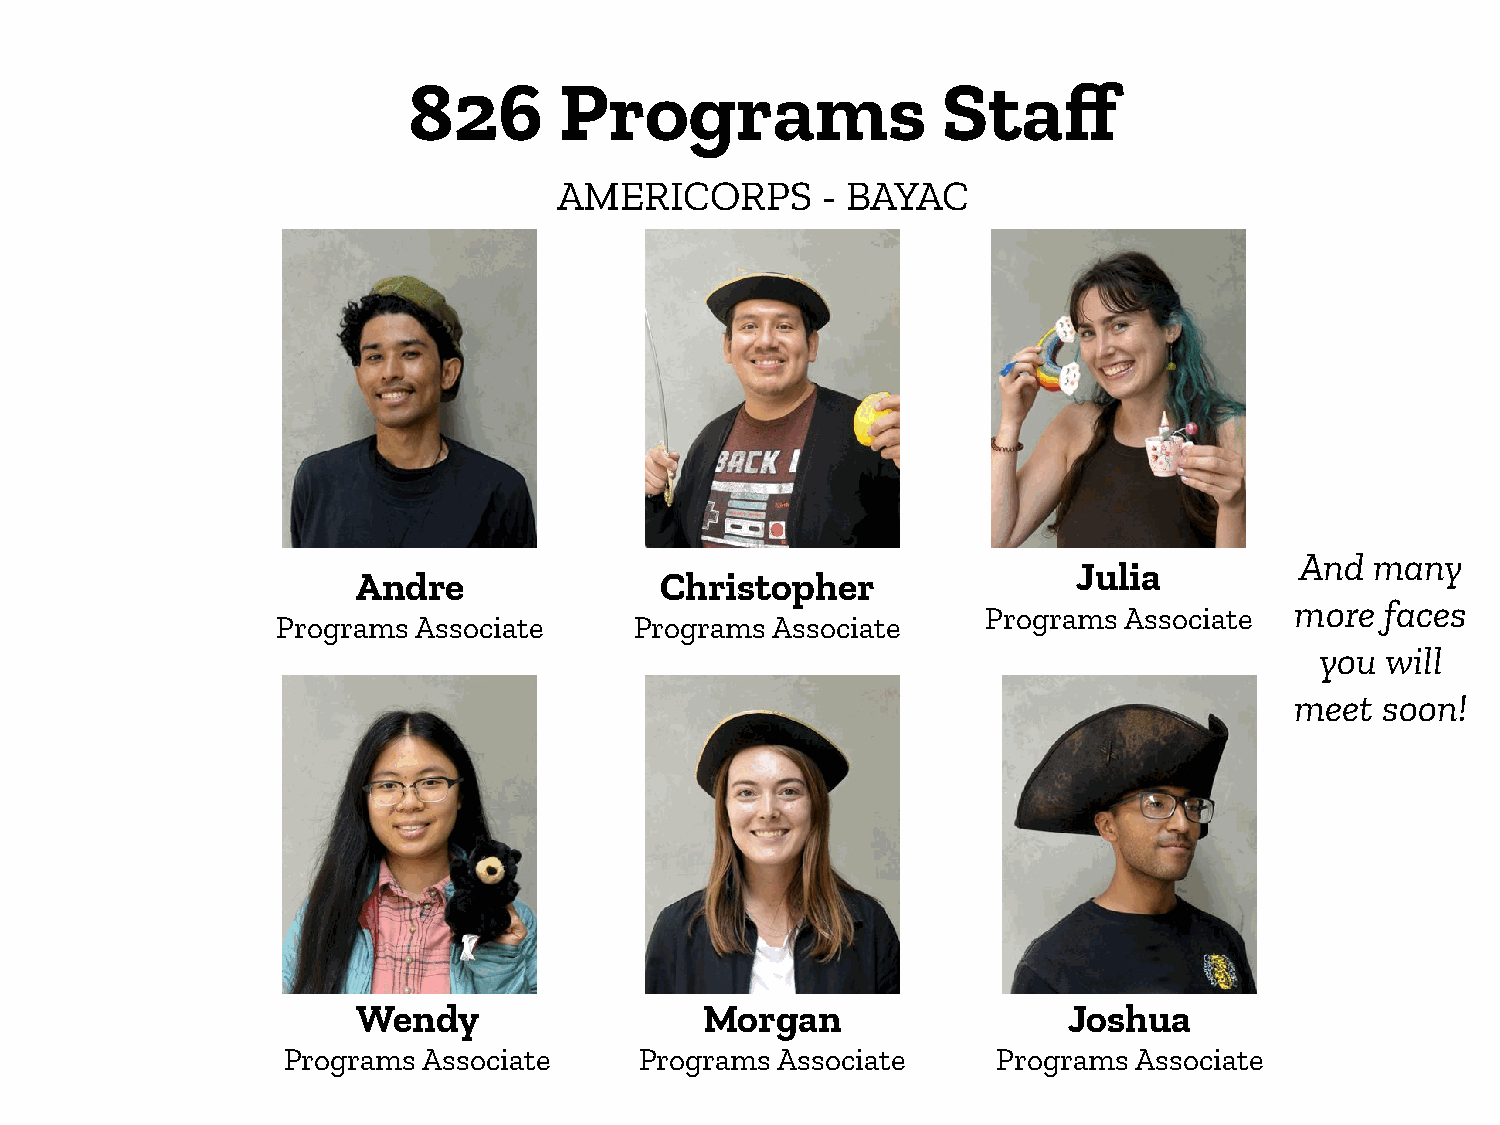
826       Programs                 Staff
 AMERICORPS       - BAYAC
 And  many
 Julia
 Andre                Christopher
 more  faces
 Programs Associate
 Programs Associate      Programs Associate
 you  will
 meet  soon!
 Wendy                  Morgan                  Joshua
 Programs Associate     Programs  Associate     Programs Associate